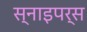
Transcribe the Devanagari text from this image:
स्नाइपर्स